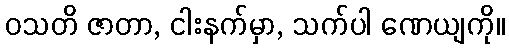
ဝသတိ ဇာတာ, ငါးနက်မှာ, သက်ပါ ဏေယျကို။